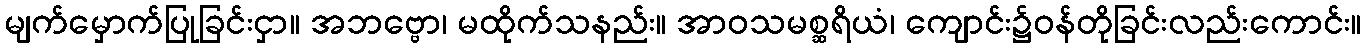
မျက်မှောက်ပြုခြင်းငှာ။ အဘဗ္ဗော၊ မထိုက်သနည်း။ အာဝသမစ္ဆရိယံ၊ ကျောင်း၌ဝန်တိုခြင်းလည်းကောင်း။